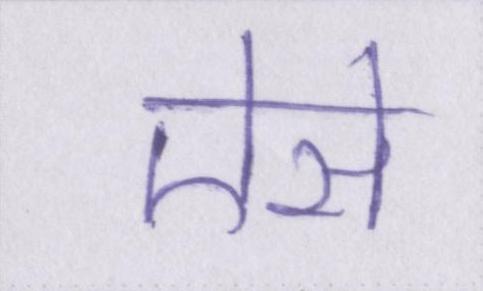
ऐसे